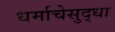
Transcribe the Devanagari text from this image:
धर्माचेसुद्धा